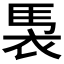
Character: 𮕹